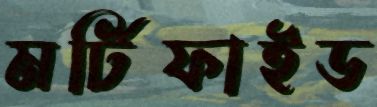
মর্টিফাইড